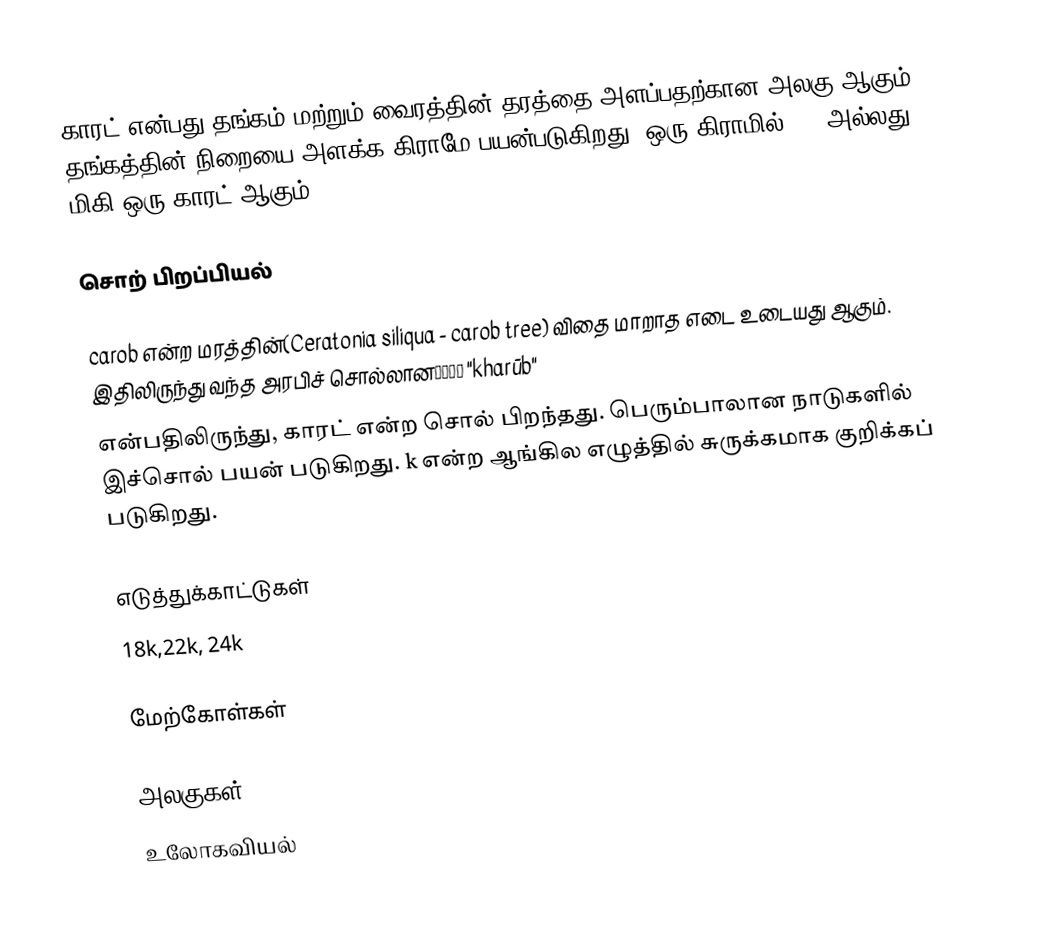
காரட் என்பது  தங்கம் மற்றும் வைரத்தின் தரத்தை அளப்பதற்கான அலகு ஆகும்.  தங்கத்தின் நிறையை அளக்க கிராமே பயன்படுகிறது.  ஒரு கிராமில் 1/5 அல்லது 200 மிகி ஒரு காரட் ஆகும்.

சொற் பிறப்பியல்

carob  என்ற மரத்தின்(Ceratonia siliqua - carob tree) விதை மாறாத எடை உடையது ஆகும்.  இதிலிருந்து வந்த அரபிச் சொல்லானخروب "kharūb"
என்பதிலிருந்து, காரட்  என்ற சொல் பிறந்தது. பெரும்பாலான நாடுகளில் இச்சொல் பயன் படுகிறது.   k என்ற ஆங்கில எழுத்தில் சுருக்கமாக குறிக்கப் படுகிறது.

எடுத்துக்காட்டுகள்
18k,22k, 24k

மேற்கோள்கள்

அலகுகள்
உலோகவியல்